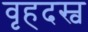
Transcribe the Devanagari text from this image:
वृहदस्व